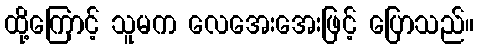
ထို့ကြောင့် သူမက လေအေးအေးဖြင့် ပြောသည်။